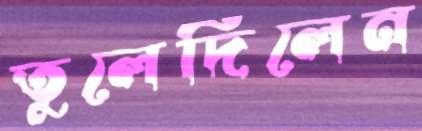
তুলেদিলেন